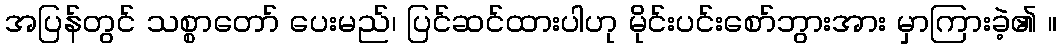
အပြန်တွင် သစ္စာတော် ပေးမည်၊ ပြင်ဆင်ထားပါဟု မိုင်းပင်းစော်ဘွားအား မှာကြားခဲ့၏ ။